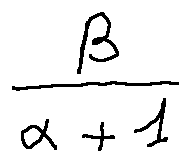
\frac { \beta } { \alpha + 1 }